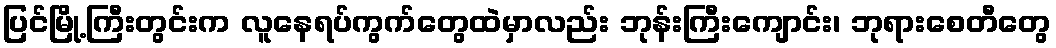
ပြင်မြို့ကြီးတွင်းက လူနေရပ်ကွက်တွေထဲမှာလည်း ဘုန်းကြီးကျောင်း၊ ဘုရားစေတီတွေ